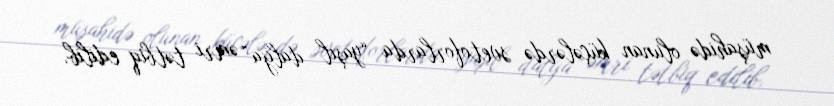
müşahidə olunan küçələrdə svetoforlarda “yaşıl dalğa” əmri tətbiq edilib.